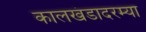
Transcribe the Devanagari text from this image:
कालखंडादरम्या